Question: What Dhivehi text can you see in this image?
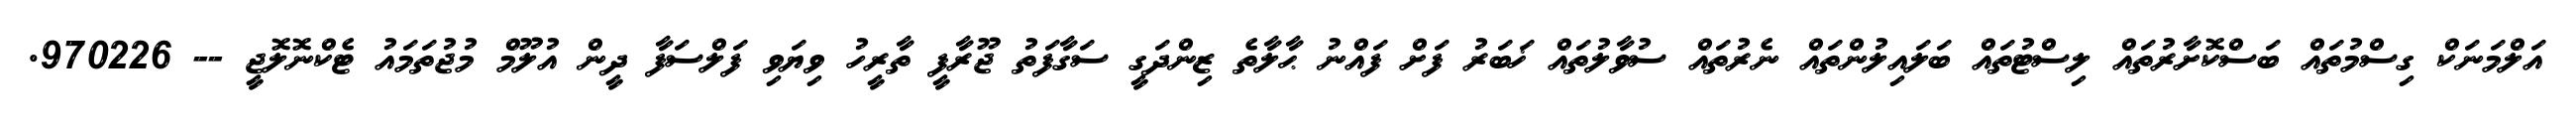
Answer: އަލްމަނަކް ގިސްމުތައް ބަސްކޮށާރުތައް ލިސްޓުތައް ބަލައިލުންތައް ނެރުތައް ސުވާލުތައް ޚަބަރު ފަށް ފައްނު ޙާލާތެ ޒިންދަގީ ސަގާފަތު ޖޫރާފީ ތާރީހު ވިޔަވި ފަލްސަފާ ދީން އުލޫމް މުޖުތަމައު ޓެކްނޮލޮޖީ -- 970226.